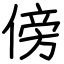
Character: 傍